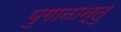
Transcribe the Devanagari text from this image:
युगानान्तु